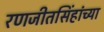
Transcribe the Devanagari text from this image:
रणजीतसिंहांच्या